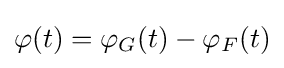
\varphi (t)=\varphi _{G}(t)-\varphi _{F}(t)